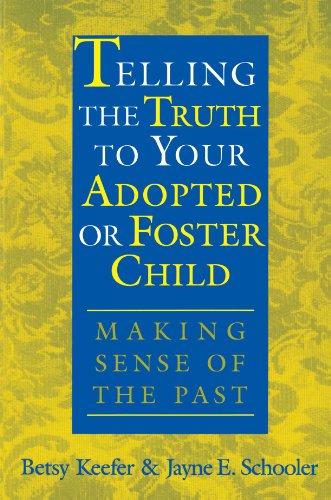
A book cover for Telling the Truth to Your Adopted or Foster Child: Making Sense of the Past; Betsy Keefer; Parenting & Relationships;